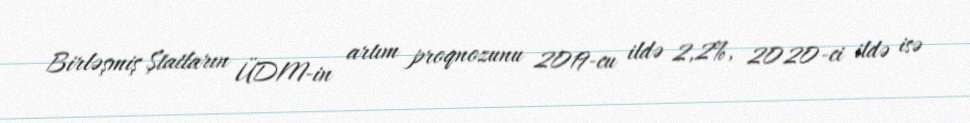
Birləşmiş Ştatların ÜDM-in artım proqnozunu 2019-cu ildə 2,2%, 2020-ci ildə isə